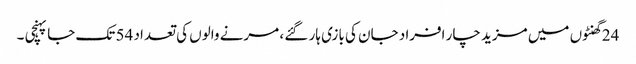
24 گھنٹوں میں مزید چار افراد جان کی بازی ہار گئے ، مرنے والوں کی تعداد 54 تک جا پہنچی ۔